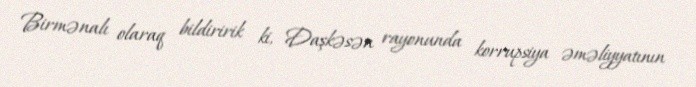
Birmənalı olaraq bildiririk ki, Daşkəsən rayonunda korrupsiya əməliyyatının